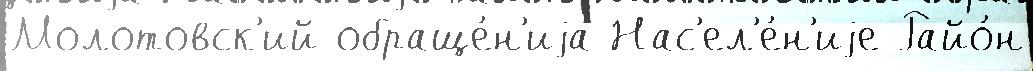
Молотовск'ий обраще́н'иjа Нас'ел'е́н'иjе Райо́н